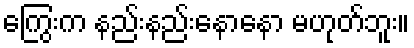
ကြွေးက နည်းနည်းနောနော မဟုတ်ဘူး။